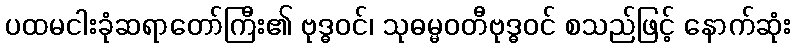
ပထမငါးခုံဆရာတော်ကြီး၏ ဗုဒ္ဓဝင်၊ သုဓမ္မဝတီဗုဒ္ဓဝင် စသည်ဖြင့် နောက်ဆုံး